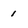
Character: 1